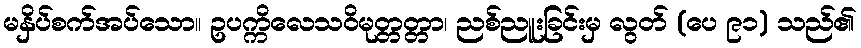
မနှိပ်စက်အပ်သော။ ဥပက္ကိလေသဝိမုတ္တတ္တာ၊ ညစ်ညူးခြင်းမှ လွတ် (ပေ ၉၁) သည်၏